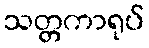
သတ္တကာရုပ်